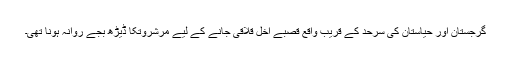
گرجستان اور حیاستان کی سرحد کے قریب واقع قصبے اخل قلاقی جانے کے لیے مرشروتکا ڈیڑھ بجے روانہ ہونا تھی۔